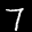
Label: 7